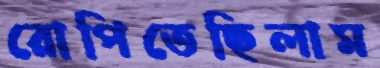
রোপিতেছিলাম